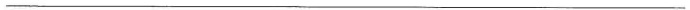
___